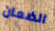
الضمان